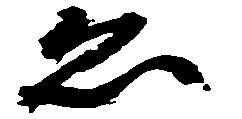
ゑ